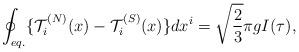
LaTeX: \begin{align*}\oint_{eq.} \{ {\cal T}_i^{(N)}(x) - {\cal T}_i^{(S)}(x) \} dx^i = \sqrt{\frac{2}{3}} \pi g I(\tau),\end{align*}